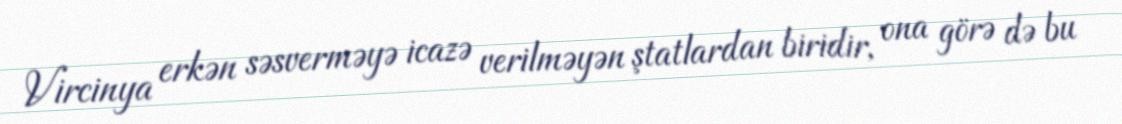
Vircinya erkən səsverməyə icazə verilməyən ştatlardan biridir, ona görə də bu